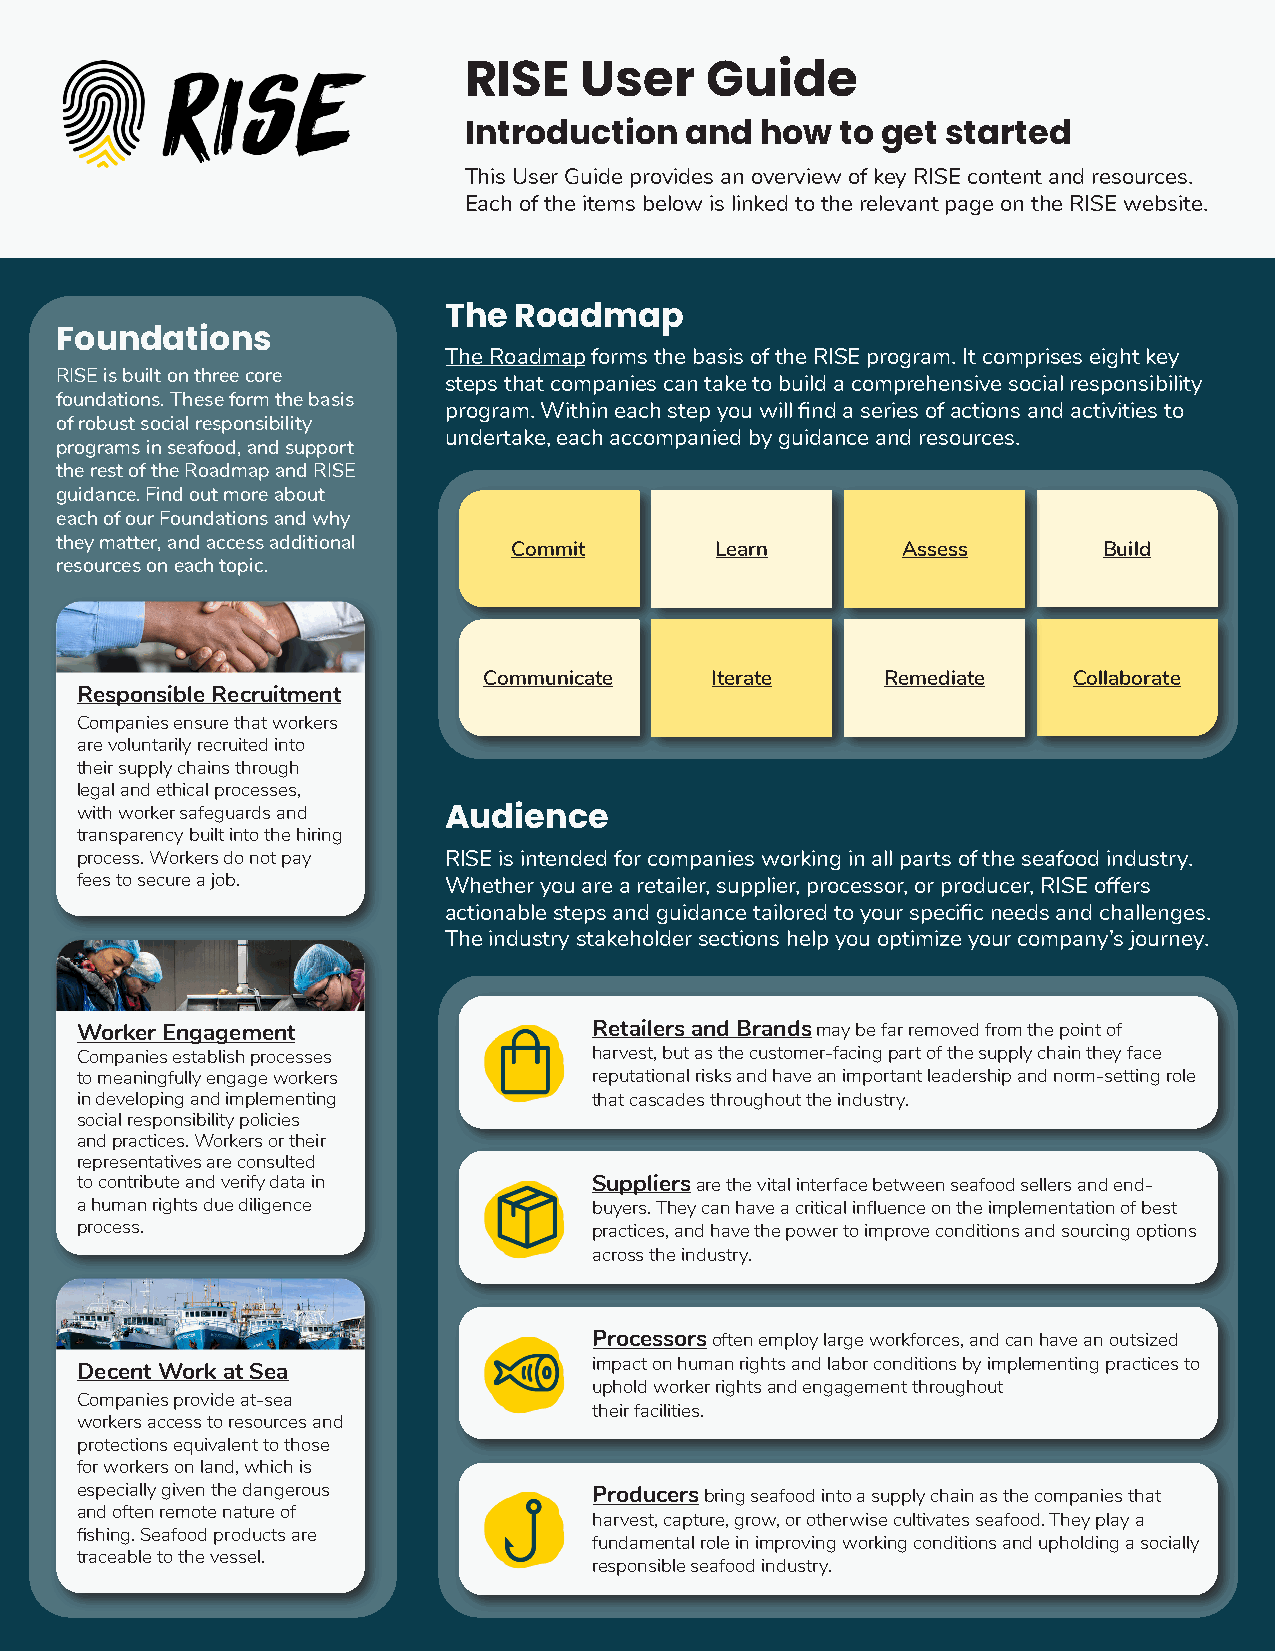
RISE   User     Guide
 Introduction  and  how   to get started
 This User Guide provides an overview of key RISE content and resources.
 Each of the items below is linked to the relevant page on the RISE website.
 The  Roadmap
 Foundations
 The Roadmap forms the basis of the RISE program. It comprises eight key
 RISE is built on three core
 steps that companies can take to build a comprehensive social responsibility
 foundations. These form the basis
 program. Within each step you will find a series of actions and activities to
 of robust social responsibility
 undertake, each accompanied by guidance and resources.
 programs in seafood, and support
 the rest of the Roadmap and RISE
 guidance. Find out more about
 each of our Foundations and why
 they matter, and access additional
 Commit       Learn        Assess       Build
 resources on each topic.
 Communicate    Iterate     Remediate   Collaborate
 Responsible Recruitment
 Companies ensure that workers
 are voluntarily recruited into
 their supply chains through
 legal and ethical processes,
 with worker safeguards and
 Audience
 transparency built into the hiring
 process. Workers do not pay RISE is intended for companies working in all parts of the seafood industry.
 fees to secure a job.   Whether you are a retailer, supplier, processor, or producer, RISE offers
 actionable steps and guidance tailored to your specific needs and challenges.
 The industry stakeholder sections help you optimize your company’s journey.
 Worker Engagement                 Retailers and Brands may be far removed from the point of
 Companies establish processes     harvest, but as the customer-facing part of the supply chain they face
 to meaningfully engage workers    reputational risks and have an important leadership and norm-setting role
 in developing and implementing    that cascades throughout the industry.
 social responsibility policies
 and practices. Workers or their
 representatives are consulted
 to contribute and verify data in  Suppliers are the vital interface between seafood sellers and end-
 a human rights due diligence      buyers. They can have a critical influence on the implementation of best
 process.                          practices, and have the power to improve conditions and sourcing options
 across the industry.
 Processors often employ large workforces, and can have an outsized
 Decent Work at Sea                impact on human rights and labor conditions by implementing practices to
 uphold worker rights and engagement throughout
 Companies provide at-sea
 their facilities.
 workers access to resources and
 protections equivalent to those
 for workers on land, which is
 especially given the dangerous    Producers bring seafood into a supply chain as the companies that
 and often remote nature of
 harvest, capture, grow, or otherwise cultivates seafood. They play a
 fishing. Seafood products are
 fundamental role in improving working conditions and upholding a socially
 traceable to the vessel.
 responsible seafood industry.